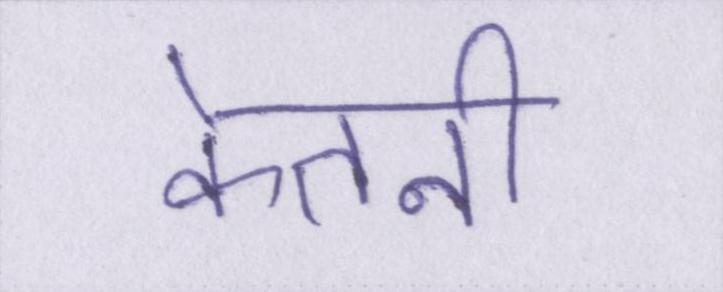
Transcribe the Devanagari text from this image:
केतनी